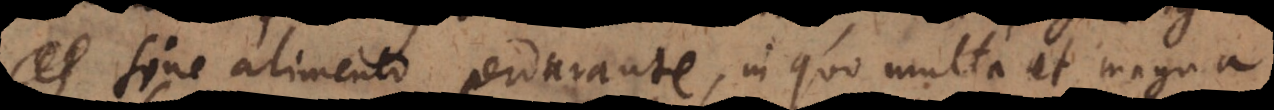
e, sine alimento perdurante, in quo multa et magna